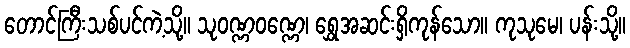
တောင်ကြီးသစ်ပင်ကဲ့သို့။ သုဝဏ္ဏဝဏ္ဏေ၊ ရွှေအဆင်းရှိကုန်သော။ ကုသုမေ၊ ပန်းသို့။